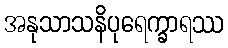
အနုသာသနိပုရေက္ခာရဿ